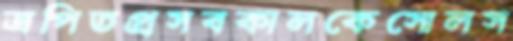
ত্রপিতপ্রসবকালকেসোলস